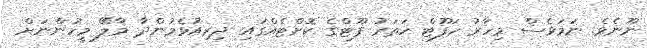
ނޫނެވެ. ނަމަވެސް މިހާރު ހަފޫޓް ހަތަރު ފޫޓްގެ ކޮށްޓެއްގައި ދިރިއުޅެމުންދާ މާލޭ މީހުންނަށް